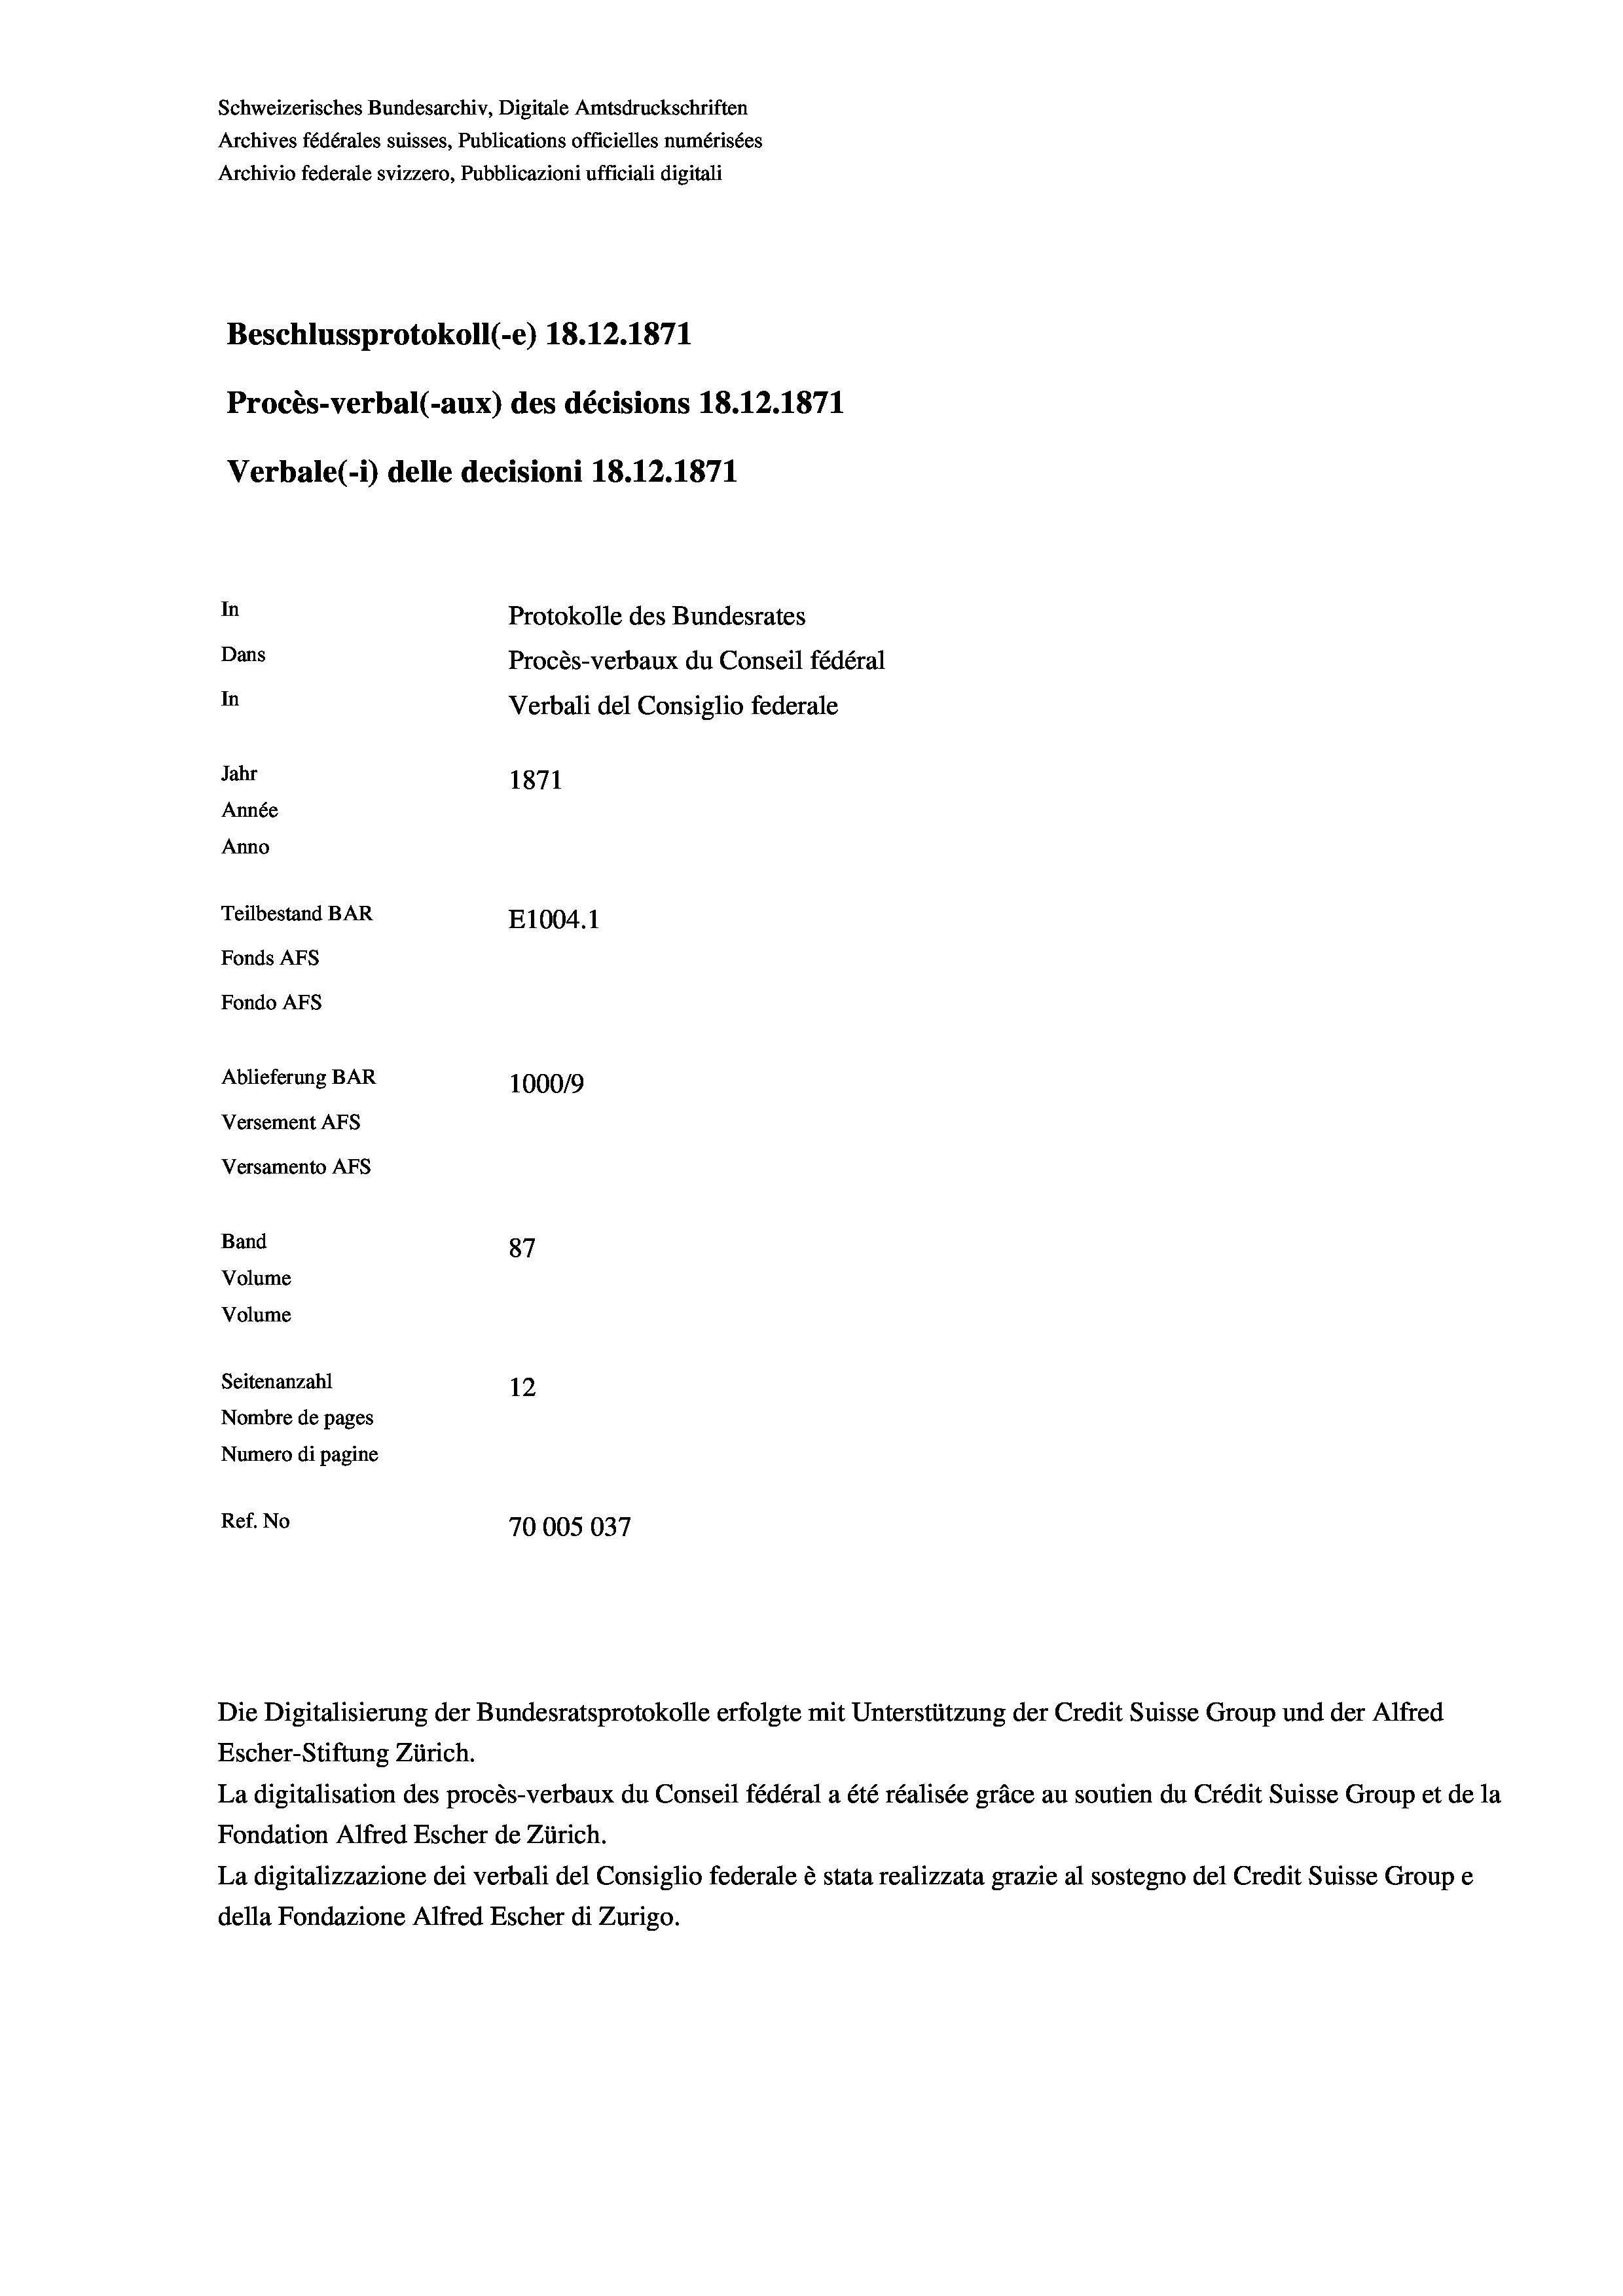
Schweizerisches Bundesarchiv, Digitale Amtsdruckschriften
Archives fédérales suisses, Publications officielles numérisées
Archivio federale svizzero, Pubblicazioni ufficiali digitali
Beschlussprotokoll (-e) 18. 12. 1871
Procès-verbal (-aux) des décisions 18.12.1871
Verbale (i) delle decisioni 18. 12. 1871
In
Protokolle des Bundesrates
Dans
Procès-verbaux du Conseil fédéral
In
Verbali del Consiglio federale
Jahr
1871
Année
Anno
Teilbestand BAR
E1004. 1
Fonds AFs
Fondo AFs
Ablieferung BAR
1000/9
Versement Abs
Versamento Afs
Band
87
Volume
Volume
Seitenanzahl
12
Nombre de pages
Numero di pagine

Ref. No
70005037

Escher-Stiftung Zürich.
La digitalisation des procès-verbaux du Conseil fédéral a été réalisée gräce au soutien du Crédit Suisse Group et de la
Fondation Alfred Escher de Zürich.
La digitalizzazione dei verbali del Consiglio federale è stata realizzata grazie al sostegno del Credit Suisse Groupe
della Fondazione Alfred Escher di Zurigo.

Die Digitalisierung der Bundesratsprotokolle erfolgte mit Unterstützung der Credit Suisse Group und der Alfred